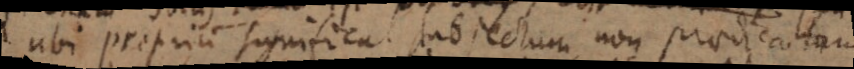
ubi proprium significat subjectum, non praedicatum.